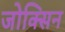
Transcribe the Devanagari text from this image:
जोक्सिन